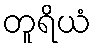
တူရိယံ